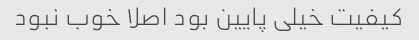
کیفیت خیلی پایین بود اصلا خوب نبود